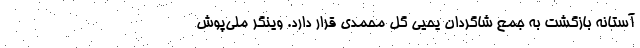
آستانه بازگشت به جمع شاگردان یحیی گل محمدی قرار دارد. وینگر ملی‌پوش